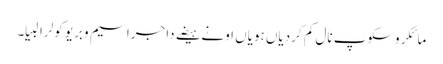
مائکروسکوپ نال کم کردیاں ہویاں اونے ہیضے دا جراسیم وبریو کولرا لبیا۔